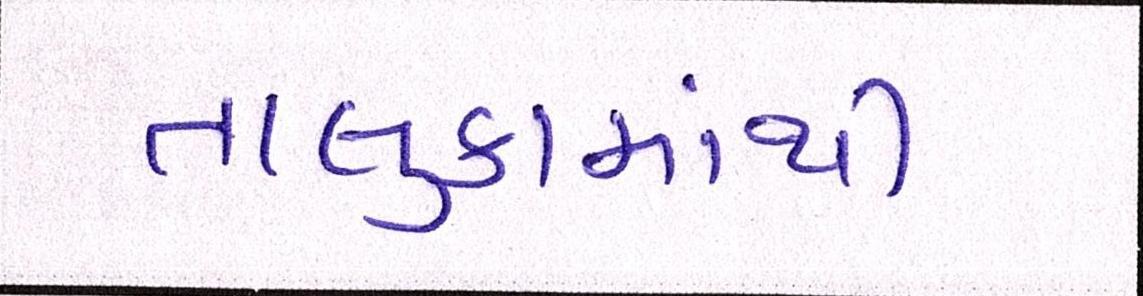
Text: તાલુકામાંથી